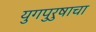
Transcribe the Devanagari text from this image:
युगपुरुषाचा